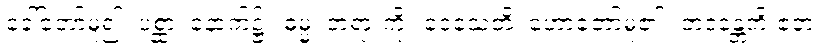
ခေါ်တော်မူ၍။ ပစ္ဆာ၊ နောက်၌။ ဓမ္မံ၊ တရားကို။ ဒေသေတိ၊ ဟောတော်မူ၏။ ဘဒန္တေတိ ဧတံ